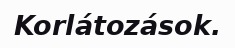
Korlátozások.